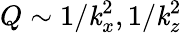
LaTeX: Q\sim1/\mathit{k}_{x}^{2},1/\mathit{k}_{z}^{2}